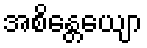
အစိန္တေယျော